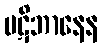
ပဋိဘာနေန